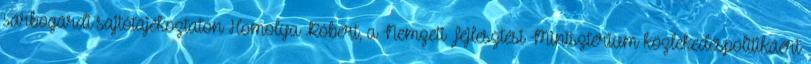
sárbogárdi sajtótájékoztatón Homolya Róbert, a Nemzeti Fejlesztési Minisztérium közlekedéspolitikáért